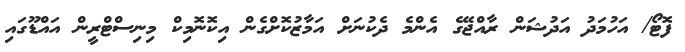
ފޮޓޯ/ އަހުމަދު އަދުޝަން ރާއްޖޭގެ އެންމެ ދެކުނަށް އަމާޒުކޮށްގެން އިކޮނޮމިކް މިނިސްޓްރީން އައްޑޫގައި